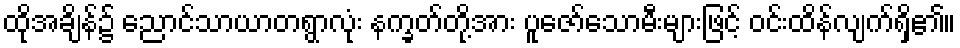
ထိုအချိန်၌ ညောင်သာယာတရွာလုံး နက္ခတ်တို့အား ပူဇော်သောမီးများဖြင့် ဝင်းထိန်လျက်ရှိ၏။